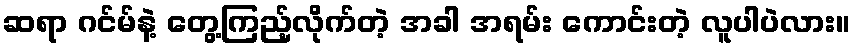
ဆရာ ဂင်မ်နဲ့ တွေ့ကြည့်လိုက်တဲ့ အခါ အရမ်း ကောင်းတဲ့ လူပါပဲလား။